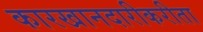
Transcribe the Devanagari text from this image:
कारखानदारीकरीता